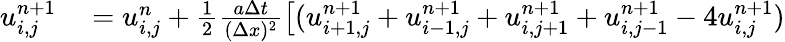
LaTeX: \begin{array}{rl}{u_{i,j}^{n+1}}&{{}=u_{i,j}^{n}+{\frac{1}{2}}{\frac{a\Delta t}{(\Delta x)^{2}}}{\big[}(u_{i+1,j}^{n+1}+u_{i-1,j}^{n+1}+u_{i,j+1}^{n+1}+u_{i,j-1}^{n+1}-4u_{i,j}^{n+1})}\end{array}